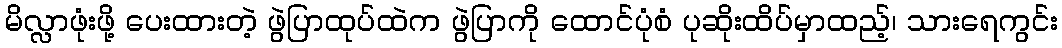
မိလ္လာဖုံးဖို့ ပေးထားတဲ့ ဖွဲပြာထုပ်ထဲက ဖွဲပြာကို ထောင်ပုံစံ ပုဆိုးထိပ်မှာထည့်၊ သားရေကွင်း